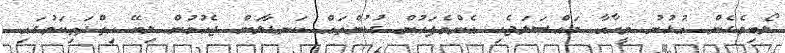
ލޯބިވެގެން އުޅުނު މީހާއާ މައްސަލަޖެހި އެންމެފަހުން ގުޅުންތައް ކަނޑާލަން ޖެހުމުން ލިބޭ ހިތްދަތިކަމުގައި